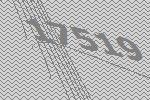
17519